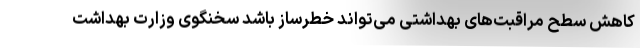
کاهش سطح مراقبت‌های بهداشتی می‌تواند خطرساز باشد سخنگوی وزارت بهداشت